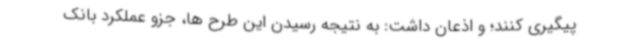
پیگیری کنند؛ و اذعان داشت: به نتیجه رسیدن این طرح ها، جزو عملکرد بانک